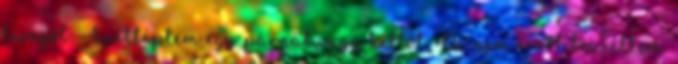
levegőt: -Széttéptem egy párnát,vagy kettőt. De nem erről beszéltem.